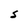
Character: S